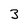
Character: 3